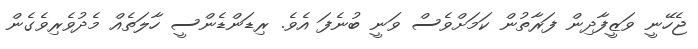
ޖެހޭނީ ވަޒީފާދިން ފަރާތުން ކަމަށްވެސް ވަނީ ބުނެފަ އެވެ. ރިޑަންޑެންސީ ހާލަތެއް މެދުވެރިވެގެން